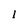
Character: l